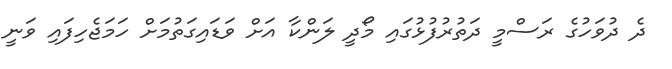
ދެ ދުވަހުގެ ރަސްމީ ދަތުރުފުޅުގައި މޯދީ ލަންކާ އަށް ވަޑައިގަތުމަށް ހަމަޖެހިފައި ވަނީ